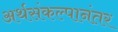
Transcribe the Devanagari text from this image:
अर्थसंकल्पानंतर